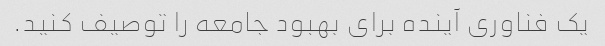
یک فناوری آینده برای بهبود جامعه را توصیف کنید.